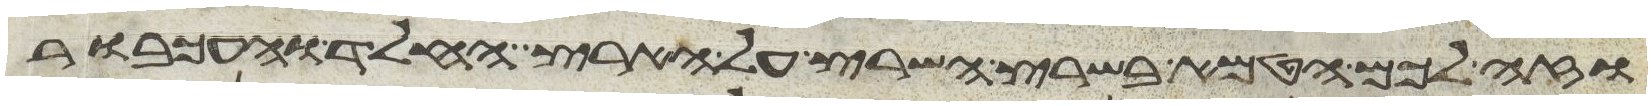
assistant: וזה לכם הטמא בשרץ השרץ על הארץ החלד והעכבור